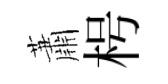
蕭枵